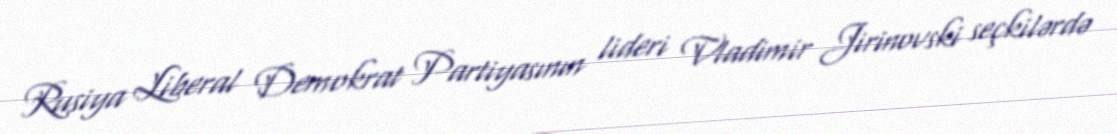
Rusiya Liberal Demokrat Partiyasının lideri Vladimir Jirinovski seçkilərdə